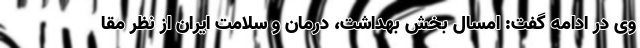
وی در ادامه گفت: امسال بخش بهداشت، درمان و سلامت ایران از نظر مقا